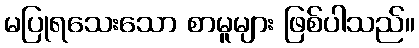
မပြုရသေးသော စာမူများ ဖြစ်ပါသည်။